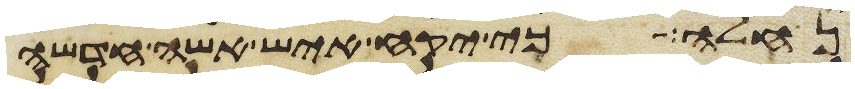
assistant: נחלה כי יקח איש אשה חדשה